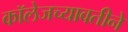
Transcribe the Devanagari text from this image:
कॉलेजच्यावतीने